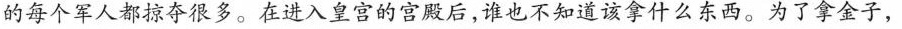
的每个军人都掠夺很多。在进入皇宫的宫殿后，谁也不知道该拿什么东西。为了拿金子，